Vaccination North-Western Provinces 1866-1877 - 1866-1877
Year: 1866
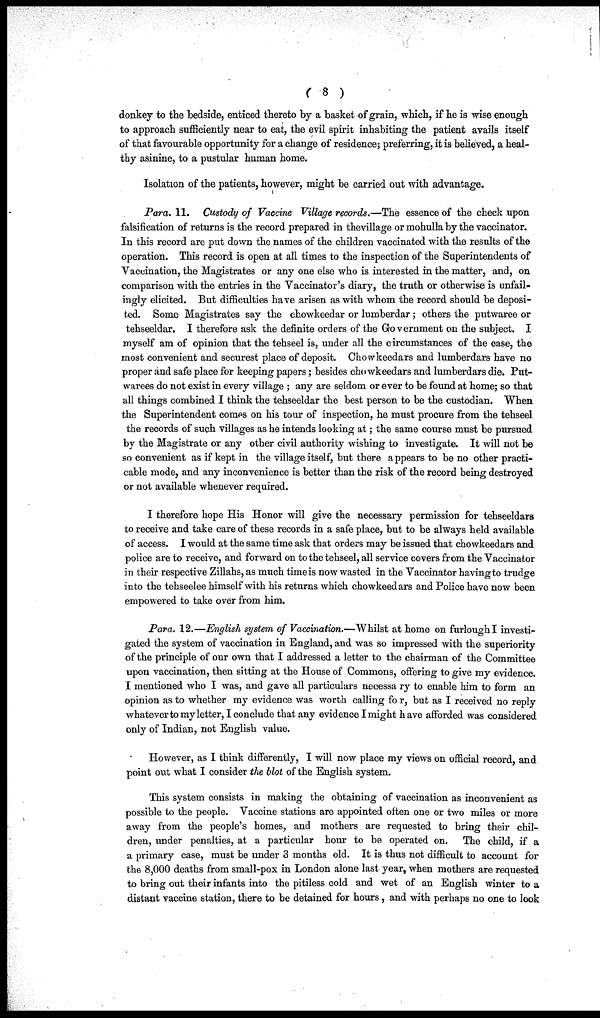
( 8 )
donkey to the bedside, enticed thereto by a basket of grain, which, if he is wise enough
to approach sufficiently near to eat, the evil spirit inhabiting the patient avails itself
of that favourable opportunity for a change of residence; preferring, it is believed, a heal-
thy asinine, to a pustular human home.
Isolation of the patients, however, might be carried out with advantage.
Para. 11. Custody of Vaccine Village records.—The essence of the check upon
falsification of returns is the record prepared in the village or mohulla by the vaccinator.
In this record are put down the names of the children vaccinated with the results of the
operation. This record is open at all times to the inspection of the Superintendents of
Vaccination, the Magistrates or any one else who is interested in the matter, and, on
comparison with the entries in the Vaccinator's diary, the truth or otherwise is unfail-
ingly elicited. But difficulties have arisen as with whom the record should be deposi-
ted. Some Magistrates say the chowkeedar or lumberdar; others the putwaree or
tehseeldar. I therefore ask the definite orders of the Government on the subject. I
myself am of opinion that the tehseel is, under all the circumstances of the case, the
most convenient and securest place of deposit. Chowkeedars and lumberdars have no
proper and safe place for keeping papers; besides chowkeedars and lumberdars die. Put¬
warees do not exist in every village ; any are seldom or ever to be found at home; so that
all things combined I think the tehseeldar the best person to be the custodian. When
the Superintendent comes on his tour of inspection, he must procure from the tehseel
the records of such villages as he intends looking at; the same course must be pursued
by the Magistrate or any other civil authority wishing to investigate. It will not be
so convenient as if kept in the village itself, but there appears to be no other practi-
cable mode, and any inconvenience is better than the risk of the record being destroyed
or not available whenever required.
I therefore hope His Honor will give the necessary permission for tehseeldars
to receive and take care of these records in a safe place, but to be always held available
of access. I would at the same time ask that orders may be issued that chowkeedars and
police are to receive, and forward on to the tehseel, all service covers from the Vaccinator
in their respective Zillahs, as much time is now wasted in the Vaccinator having to trudge
into the tehseelee himself with his returns which chowkeedars and Police have now been
empowered to take over from him.
Para. 12.—English system of Vaccination.—Whilst at home on furlough I investi-
gated the system of vaccination in England, and was so impressed with the superiority
of the principle of our own that I addressed a letter to the chairman of the Committee
upon vaccination, then sitting at the House of Commons, offering to give my evidence.
I mentioned who I was, and gave all particulars necessary to enable him to form an
opinion as to whether my evidence was worth calling for, but as I received no reply
whatever to my letter, I conclude that any evidence I might have afforded was considered
only of Indian, not English value.
However, as I think differently, I will now place my views on official record, and
point out what I consider the blot of the English system.
This system consists in making the obtaining of vaccination as inconvenient as
possible to the people. Vaccine stations are appointed often one or two miles or more
away from the people's homes, and mothers are requested to bring their chil-
dren, under penalties, at a particular hour to be operated on. The child, if a
a primary case, must be under 3 months old. It is thus not difficult to account for
the 8,000 deaths from small-pox in London alone last year, when mothers are requested
to bring out their infants into the pitiless cold and wet of an English winter to a
distant vaccine station, there to be detained for hours, and with perhaps no one to look